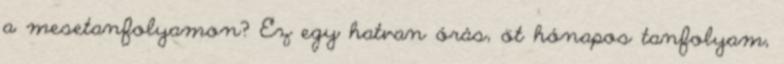
a mesetanfolyamon? Ez egy hatvan órás, öt hónapos tanfolyam,